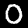
Digit: 0